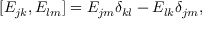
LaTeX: [ E _ { j k } , E _ { l m } ] = E _ { j m } \delta _ { k l } - E _ { l k } \delta _ { j m } ,